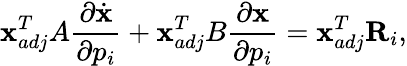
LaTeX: \textbf{x}_{adj}^{T}A\frac{\partial\dot{\textbf{x}}}{\partial p_{i}}+\textbf{x}_{adj}^{T}B\frac{\partial\textbf{x}}{\partial p_{i}}=\textbf{x}_{adj}^{T}\textbf{R}_{i},